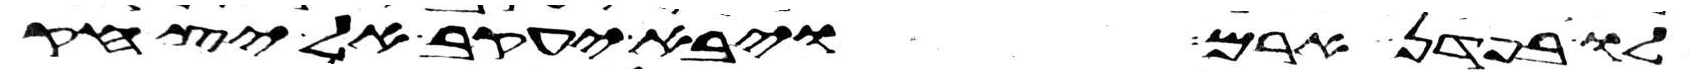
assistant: לו בפדן ארם ויבא יעקב אל יצחק